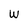
Character: W